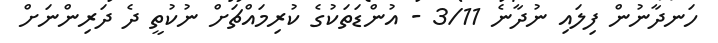
ހަނދާނުން ފިލައި ނުދާނެ 3/11 - އުންޑަތަކުގެ ކުރިމައްޗަށް ނުކުތީ ދެ ދަރިންނަށް